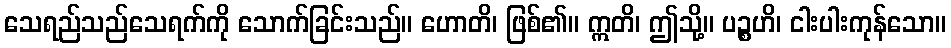
သေရည်သည်သေရက်ကို သောက်ခြင်းသည်။ ဟောတိ၊ ဖြစ်၏။ ဣတိ၊ ဤသို့။ ပဉ္စဟိ၊ ငါးပါးကုန်သော။